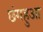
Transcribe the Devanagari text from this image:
छंगहुआ